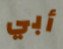
أبي